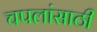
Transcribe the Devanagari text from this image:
चपलांसाठी